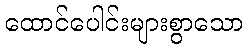
ထောင်ပေါင်းများစွာသော